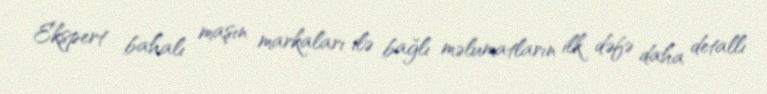
Ekspert bahalı maşın markaları ilə bağlı məlumatların ilk dəfə daha detallı